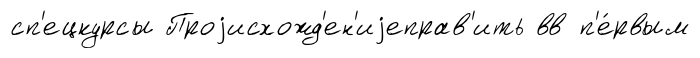
сп'ецкурсы Проjисхожд'ен'иjеправ'ить вв п'е́рвым